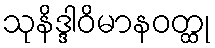
သုနိဒ္ဒါဝိမာနဝတ္ထု